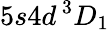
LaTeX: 5s4d\, ^{3}D_{1}